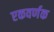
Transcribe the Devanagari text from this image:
एकवर्णक